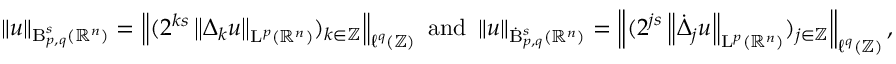
\begin{array} { r } { \left\lVert u \right\rVert _ { \mathrm { B } _ { p , q } ^ { s } ( \mathbb { R } ^ { n } ) } = \left\lVert ( 2 ^ { k s } \left\lVert { \Delta } _ { k } u \right\rVert _ { \mathrm { L } ^ { p } ( \mathbb { R } ^ { n } ) } ) _ { k \in \mathbb { Z } } \right\rVert _ { \ell ^ { q } ( \mathbb { Z } ) } \mathrm { ~ a n d ~ } \left\lVert u \right\rVert _ { \dot { \mathrm { B } } _ { p , q } ^ { s } ( \mathbb { R } ^ { n } ) } = \left\lVert ( 2 ^ { j s } \left\lVert \dot { \Delta } _ { j } u \right\rVert _ { \mathrm { L } ^ { p } ( \mathbb { R } ^ { n } ) } ) _ { j \in \mathbb { Z } } \right\rVert _ { \ell ^ { q } ( \mathbb { Z } ) } \mathrm { , ~ } } \end{array}